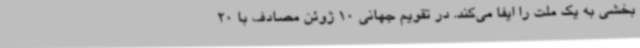
بخشی به یک ملت را ایفا می‌کند. در تقویم جهانی 10 ژوئن مصادف با 20